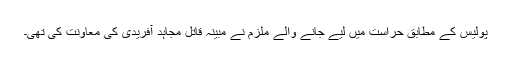
پولیس کے مطابق حراست میں لیے جانے والے ملزم نے مبینہ قاتل مجاہد آفریدی کی معاونت کی تھی۔